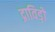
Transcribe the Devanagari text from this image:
द्राविड़ों